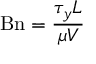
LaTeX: \mathrm { B n } = { \frac { \tau _ { y } L } { \mu V } }